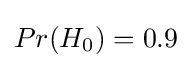
Pr(H_{0})=0.9